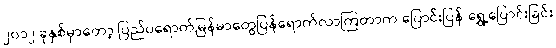
၂၀၁၂ ခုနှစ်မှာတော့ ပြည်ပရောက်မြန်မာတွေပြန်ရောက်လာကြတာက ပြောင်းပြန် ရွှေ့ပြောင်းခြင်း